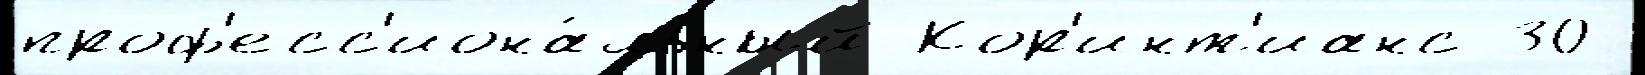
проф'есс'иона́льный Кор'инт'ианс 30